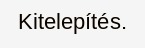
Kitelepítés.